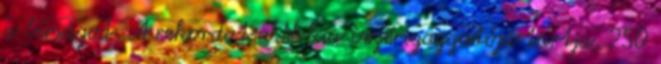
a bírságot. A rekordot a Nokia vezérigazgatója tartja, 250